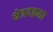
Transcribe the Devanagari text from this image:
क्षेत्रवक्रता